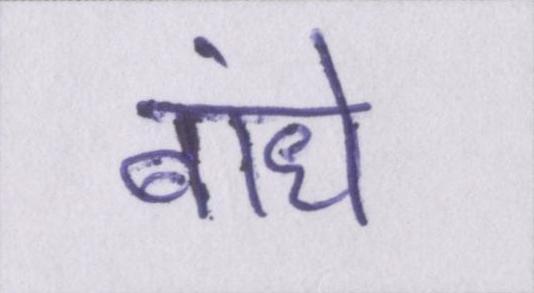
बांधे